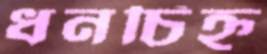
ধনচিহ্ন